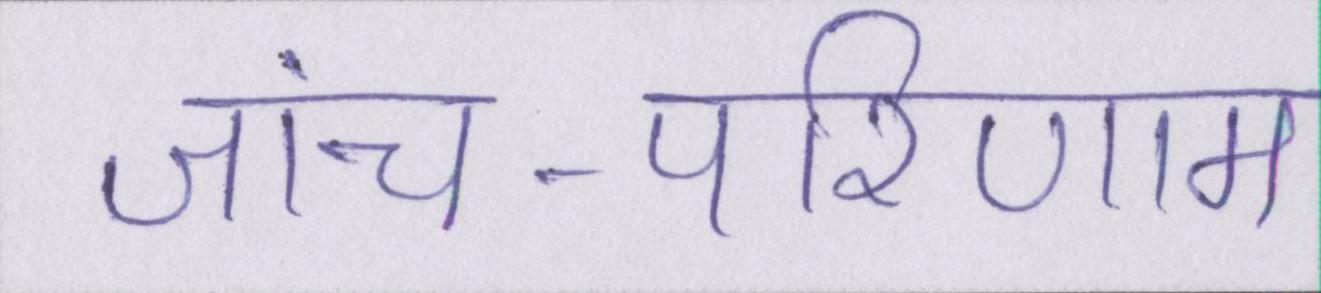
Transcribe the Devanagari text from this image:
जांच-परिणाम